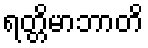
ရတ္တိမာဘာတိ